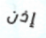
إذن